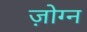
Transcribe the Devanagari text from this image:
ज़ोग्न